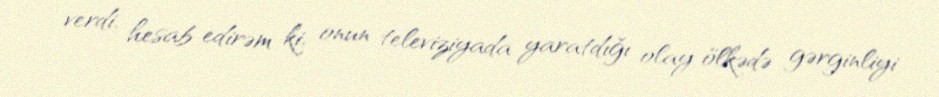
verdi, hesab edirəm ki, onun televiziyada yaratdığı olay ölkədə gərginliyi